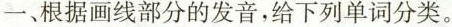
一、根据画线部分的发音,给下列单词分类。